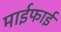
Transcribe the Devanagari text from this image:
माईफाई